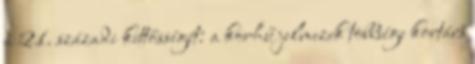
a 21. századi kettősségét: a korhű jelmezek többsége kortárs